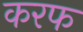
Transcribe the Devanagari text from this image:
करफ